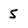
Character: 5